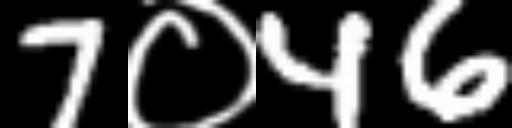
Text: 7०46